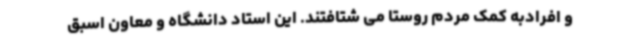
و افرادبه کمک مردم روستا می شتافتند. این استاد دانشگاه و معاون اسبق